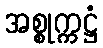
အစ္စုက္ကဋ္ဌံ